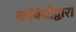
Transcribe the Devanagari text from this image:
कवियोंद्वारा